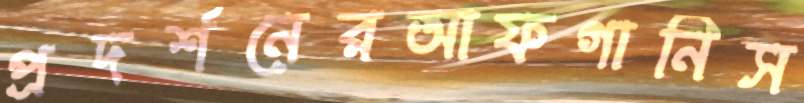
প্রদর্শনেরআফগানিস